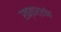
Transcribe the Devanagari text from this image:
रक्तार्शांत